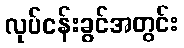
လုပ်ငန်းခွင်အတွင်း